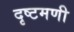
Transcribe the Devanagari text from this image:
दृष्टमणी